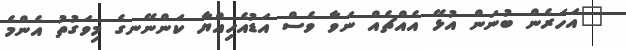
"އަހަރެން ބުނަން އުޅޭ އެއްޗެއް ނަވާ ވެސް އަޑުއެހިއްޔާ ކަންނޭނގެ މިވަގުތު އެންމެ